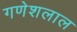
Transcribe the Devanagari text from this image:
गणेशलाल